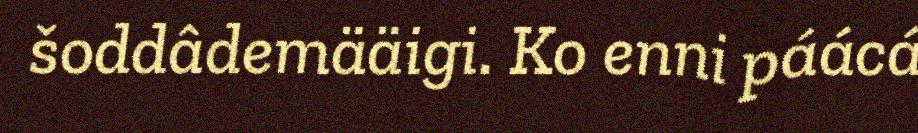
šoddâdemääigi. Ko enni páácá